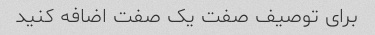
برای توصیف صفت یک صفت اضافه کنید